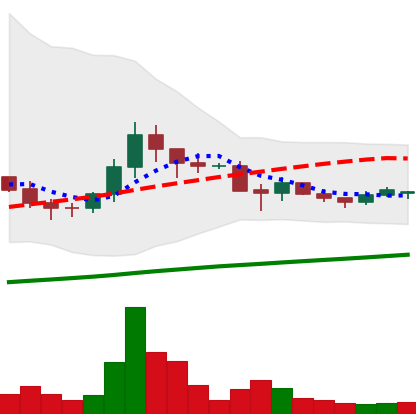
Ticker: DOGE-USD
Chart end date: 2021-06-15
Forward return: -14.459%
Label: down_7plus